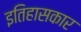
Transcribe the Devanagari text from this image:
इतिहासकार